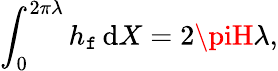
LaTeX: \int_{0}^{2\pi\lambda}h_{\mathtt{f}}\, \mathrm{{d}}X=2\piH\lambda,